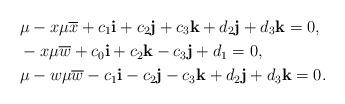
LaTeX: \begin{align*}&\mu-{x}\mu\overline{x}+c_{1}{\bf i}+c_{2}{\bf j}+c_{3}{\bf k}+d_{2}{\bf j}+d_{3}{\bf k}=0,\\&-x\mu\overline{w}+c_{0}{\bf i}+c_{2}{\bf k}-c_{3}{\bf j}+d_{1}=0,\\&\mu -{w}\mu \overline{w}-c_{1}{\bf i}-c_{2}{\bf j}-c_{3}{\bf k}+d_{2}{\bf j}+d_{3}{\bf k}=0.\end{align*}